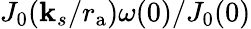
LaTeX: J_{0}(\mathbf{k}_{s}/{r_{\mathrm{{a}}}})\omega(0)/J_{0}(0)